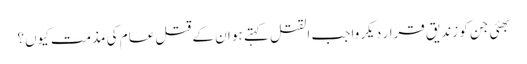
بھئی جن کو زندیق قرار دیکر واجب القتل کہتے ہو ان کے قتل عام کی مذمت کیوں؟